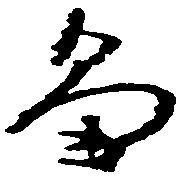
畠